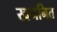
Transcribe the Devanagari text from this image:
खननित